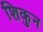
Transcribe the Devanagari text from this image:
शिकुन